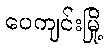
ပေကျင်းမြို့